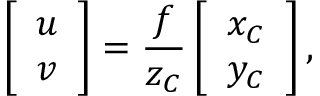
\left[ \begin{array} { l } { u } \\ { v } \end{array} \right] = \frac { f } { z _ { C } } \left[ \begin{array} { l } { x _ { C } } \\ { y _ { C } } \end{array} \right] ,